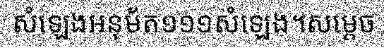
សំឡេងអនុម័ត១១១សំឡេង។សម្តេច